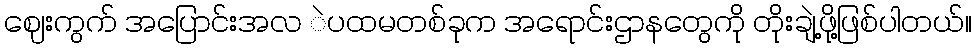
ဈေးကွက် အပြောင်းအလ ဲပထမတစ်ခုက အရောင်းဌာနတွေကို တိုးချဲ့ဖို့ဖြစ်ပါတယ်။